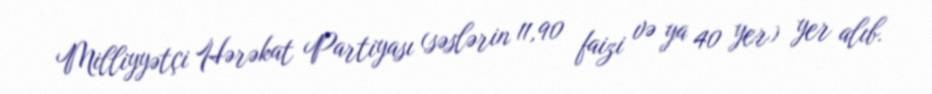
Milliyyətçi Hərəkat Partiyası (səslərin 11,90 faizi və ya 40 yer) yer alıb.